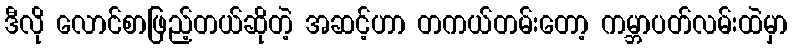
ဒီလို လောင်စာဖြည့်တယ်ဆိုတဲ့ အဆင့်ဟာ တကယ်တမ်းတော့ ကမ္ဘာပတ်လမ်းထဲမှာ